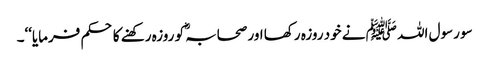
سو رسول اللہ ﷺ نے خود روزہ رکھا اور صحابہؓ کو روزہ رکھنے کا حکم فرمایا‘‘۔